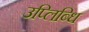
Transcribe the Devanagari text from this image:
उप्लिब्धि